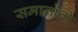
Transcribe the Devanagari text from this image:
समालानी